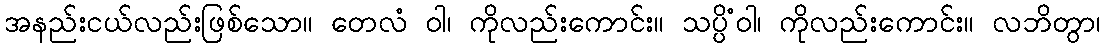
အနည်းငယ်လည်းဖြစ်သော။ တေလံ ဝါ၊ ကိုလည်းကောင်း။ သပ္ပိံဝါ၊ ကိုလည်းကောင်း။ လဘိတွာ၊